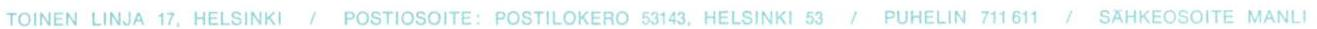
TOINEN LINJA 17, HELSINKI / POSTIOSOITE: POSTILOKERO 53143. HELSINKI 53 / PUHELIN 711 611 / SÄHKEOSOITE MANLI